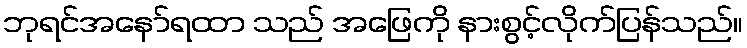
ဘုရင်အနော်ရထာ သည် အဖြေကို နားစွင့်လိုက်ပြန်သည်။